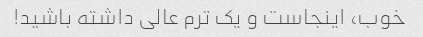
خوب، اینجاست و یک ترم عالی داشته باشید!